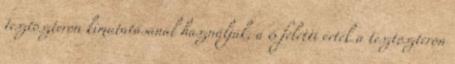
tesztoszteron kimutatásánál használják, a 6 feletti érték a tesztoszteron